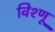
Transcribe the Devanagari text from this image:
विश्णू